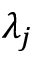
\lambda _ { j }